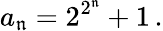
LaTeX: a_{\mathfrak{n}}=2^{2^{\mathfrak{n}}}+1\, .